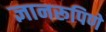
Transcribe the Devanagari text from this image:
ज्ञानरूपिणे